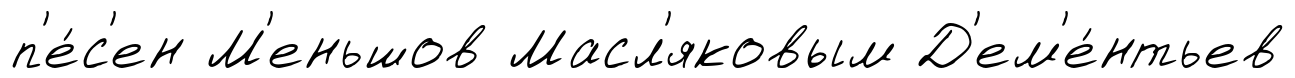
п'е́с'ен М'еньшов Масл'яковым Д'ем'е́нтьев